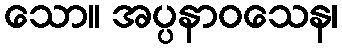
သော။ အပ္ပနာဝသေန၊